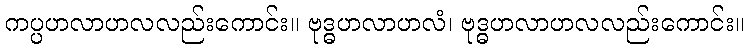
ကပ္ပဟလာဟလလည်းကောင်း။ ဗုဒ္ဓဟလာဟလံ၊ ဗုဒ္ဓဟလာဟလလည်းကောင်း။